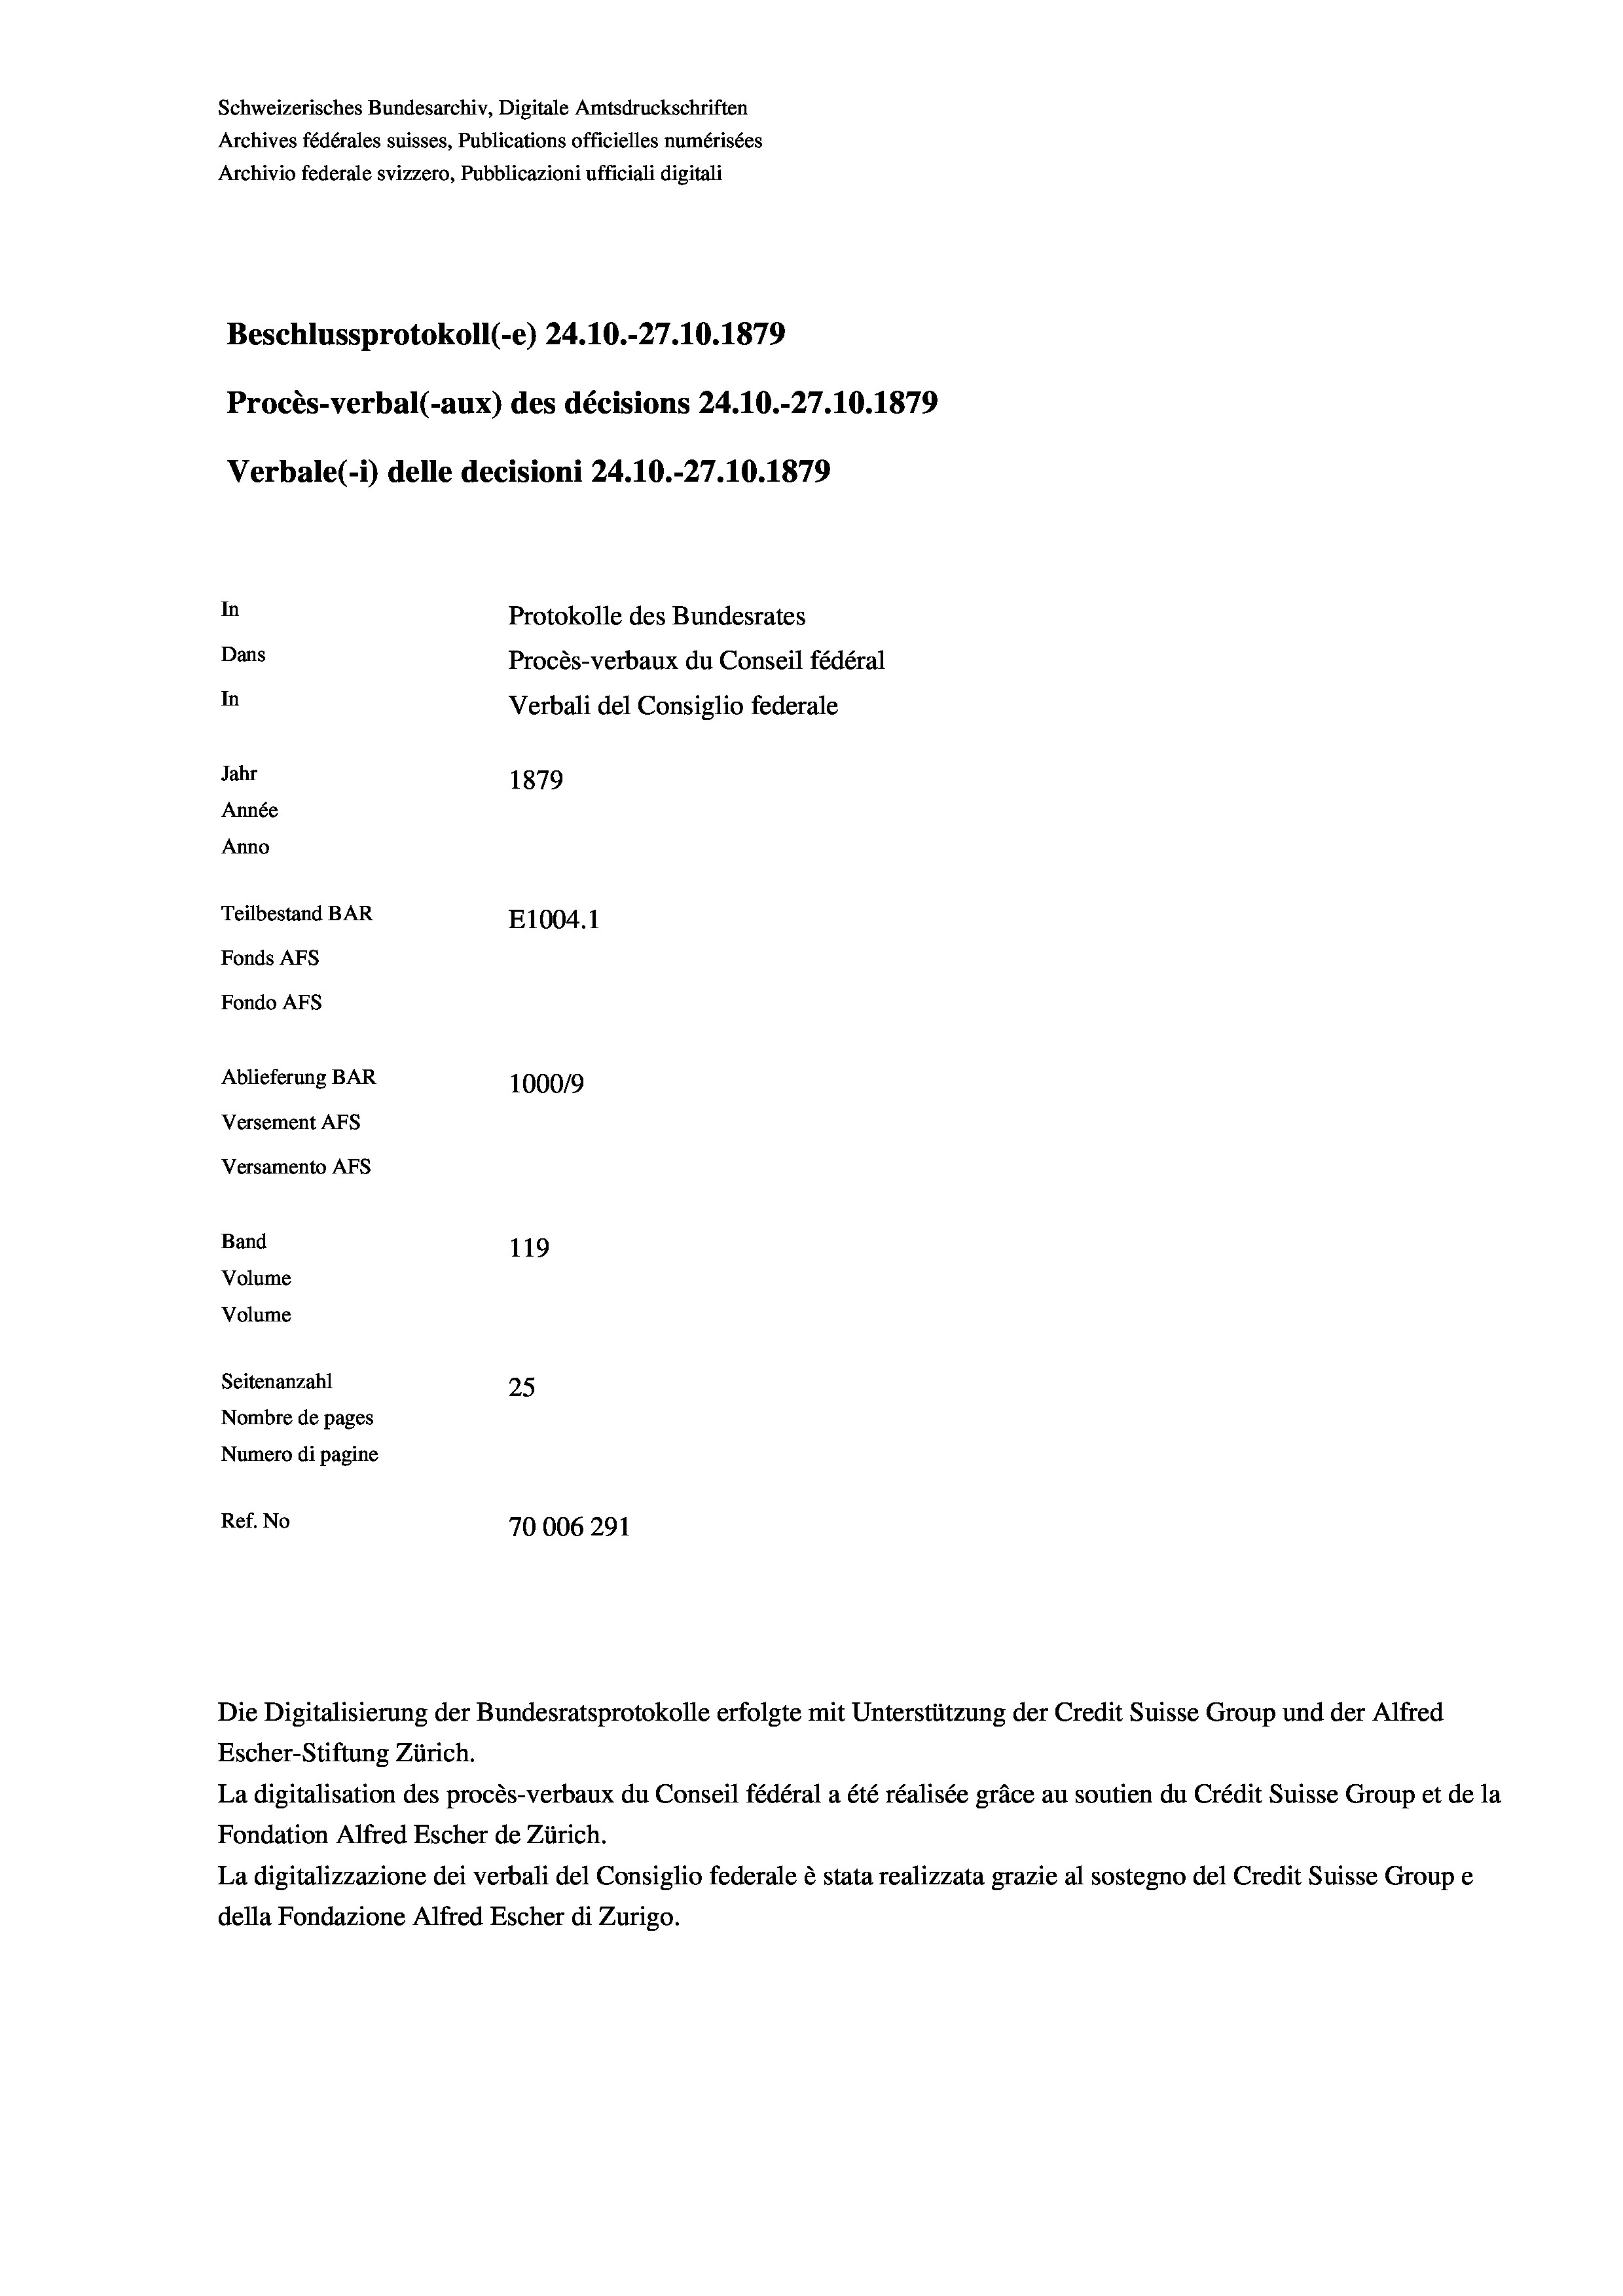
Schweizerisches Bundesarchiv, Digitale Amtsdruckschriften
Archives fédérales suisses, Publications officielles numérisées
Archivio federale svizzero, Pubblicazioni ufficiali digitali
Beschlussprotokoll (-e) 24.10.-27.10.1879
Procès-verbal (-aux) des décisions 24.10.-27.10.1879
Verbale (1) delle decisioni 24.10.-27.10.1879
In
Protokolle des Bundesrates
Dans
Procès-verbaux du Conseil fédéral
In
Verbali del Consiglio federale
Jahr
1879
Année
Anno
Teilbestand BAR
E1004.1
Fonds AFs
Fondo AFS
Ablieferung BAR
100019
Versement AFs

119
Volume
Seitenanzahl
25
Nombre de pages
Numero di pagine
Ref. No
70006291

Versamento AFS
Band
Volume

Die Digitalisierung der Bundesratsprotokolle erfolgte mit Unterstützung der Credit Suisse Group und der Alfred
Escher-Stiftung Zürich.
La digitalisation des procès-verbaux du Conseil fédéral a été réalisée gräce au soutien du Crédit Suisse Group et de la
Fondation Alfred Escher de Zürich.
La digitalizzazione dei verbali del Consiglio federale è stata realizzata grazie al sostegno del Credit Suisse Groupe
della Fondazione Alfred Escher di Zurigo.